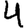
Digit: 4